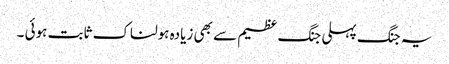
یہ جنگ پہلی جنگ عظیم سے بھی زیادہ ہولناک ثابت ہوئی ۔